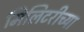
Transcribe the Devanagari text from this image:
मिलिटरीच्या